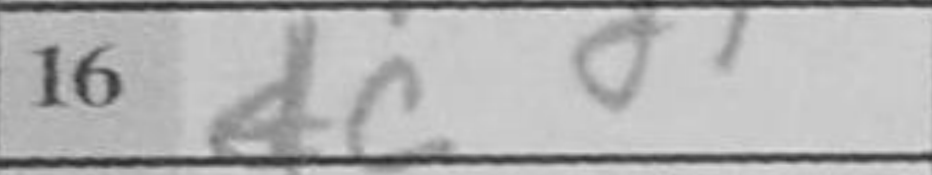
Transcription: dc